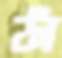
ফাঁ